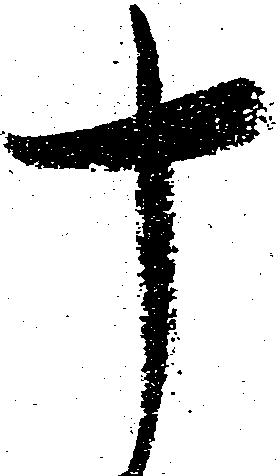
十